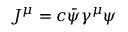
J ^ { \mu } = c { \bar { \psi } } \gamma ^ { \mu } \psi